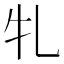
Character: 𭷓